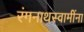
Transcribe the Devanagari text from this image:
रंगनाथस्वामींना